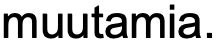
muutamia.